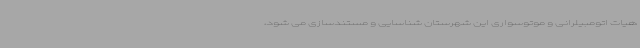
هیات اتومبیلرانی و موتوسواری این شهرستان شناسایی و مستندسازی می شود،